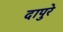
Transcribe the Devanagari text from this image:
दापुरे